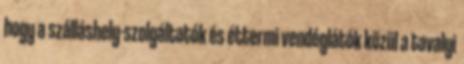
hogy a szálláshely-szolgáltatók és éttermi vendéglátók közül a tavalyi